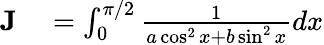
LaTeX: \begin{array}{rl}{{\textbf{J}}}&{{}=\int_{0}^{\pi/2}{\frac{1}{a\cos^{2}x+b\sin^{2}x}}dx}\end{array}